Leaving Certificate, 1898
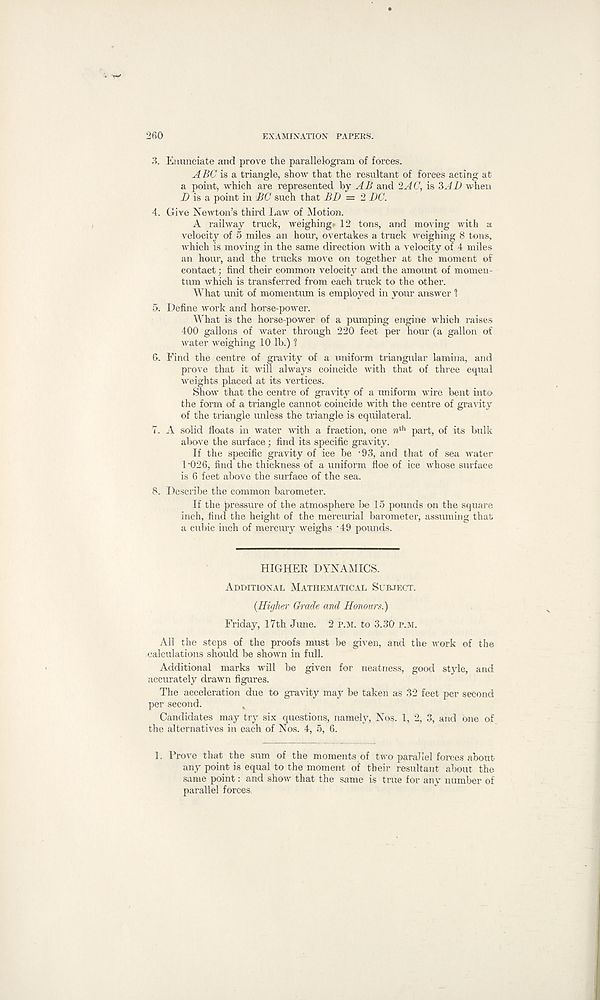
260
EXAMINATION PAPERS.
3. Enunciate and prove the parallelogram of forces.
A BC is a triangle, show that the resultant of forces acting at
a point, which are represented by AB and ‘ZAC, is ZAD when
D is a point in BC such that BD — Z DC.
4. Give Newton’s third Law of Motion.
A railway truck, weighings 12 tons, and moving with a
velocity of 5 miles an hour, overtakes a truck weighing 8 tons,
which is moving in the same direction with a velocity of 4 miles
an hour, and the trucks move on together at the moment of
contact; find their common velocity and the amount of momen-
tum which is transferred from each truck to the other.
What unit of momentum is employed in your answer 1
5. Define work and horse-power.
What is the horse-power of a pumping engine which raises
400 gallons of water through 220 feet per hour (a gallon of
water weighing 10 lb.) 1
6. Find the centre of gravity of a uniform triangular lamina, and
prove that it will always coincide with that of three equal
weights placed at its vertices.
Show that the centre of gravity of a uniform wire bent into
the form of a triangle cannot coincide with the centre of gravity
of the triangle unless the triangle is equilateral.
7. A solid floats in water with a fraction, one n th part, of its bulk
above the surface • find its specific gravity.
If the specific gravity of ice be ‘93, and that of sea water
1‘026, find the thickness of a uniform floe of ice whose surface
is 6 feet above the surface of the sea.
8. Describe the common barometer.
If the pressure of the atmosphere be 15 pounds on the square
inch, find the height of the mercurial barometer, assuming that
a cubic inch of mercury weighs '49 pounds.
HIGHER DYNAMICS.
Additional Mathematical Subject.
(Higher Grade and Honours.)
Friday, 17th June. 2 p.m. to 3.30 p.m.
All the steps of the proofs must be given, and the work of the
calculations should be shown in full.
Additional marks will be given for neatness, good style, and
accurately drawn figures.
The acceleration due to gravity may be taken as 32 feet per second
per second.
,
Candidates may try six questions, namely, Nos. 1, 2, 3, and one of
the alternatives in each of Nos. 4, 5, 6.
1. Prove that the sum of the moments of two parallel forces about
any point is equal to the moment of their resultant about the
same point: and show that the same is true for any number of
parallel forces,